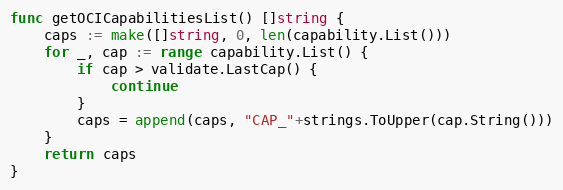
Language: Go
func getOCICapabilitiesList() []string {
	caps := make([]string, 0, len(capability.List()))
	for _, cap := range capability.List() {
		if cap > validate.LastCap() {
			continue
		}
		caps = append(caps, "CAP_"+strings.ToUpper(cap.String()))
	}
	return caps
}